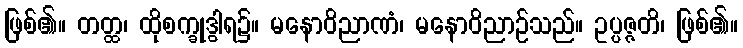
ဖြစ်၏။ တတ္ထ၊ ထိုစက္ခုဒွါရ၌။ မနောဝိညာဏံ၊ မနောဝိညာဉ်သည်။ ဥပ္ပဇ္ဇတိ၊ ဖြစ်၏။